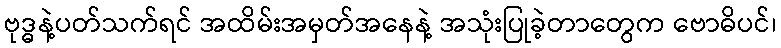
ဗုဒ္ဓနဲ့ပတ်သက်ရင် အထိမ်းအမှတ်အနေနဲ့ အသုံးပြုခဲ့တာတွေက ဗောဓိပင်၊